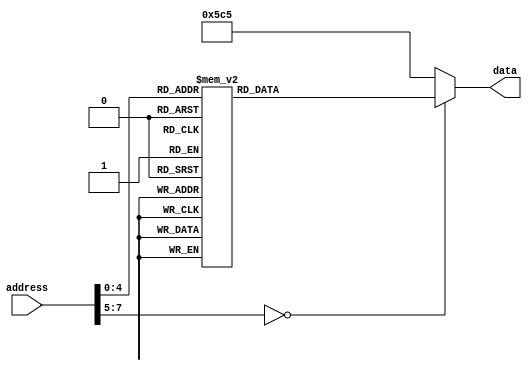
`timescale 1ns / 1ps


module ROM(
    input [7:0] address,
    output reg [15:0] data
    );
    always @(address)
    case (address)
    // ROM starts at $0100 at the moment; within it the addresses cut off the 01 (MSB)
      8'h00: data = 16'h4113; // LDA ($0113) a= 0xfffe
      8'h01: data = 16'h6114; // ADD ($0114) ++a
      8'h02: data = 16'h7104; // BAZ ($0104) if(a == 0)goto 0x104
      8'h03: data = 16'h1101; // JMP $0101
      8'h04: data = 16'hfc27; // DIO (in) $427
      8'h05: data = 16'hf75c; // DIO (out) $75c
      8'h06: data = 16'h4112; // LDA ($0112)
      8'h07: data = 16'h6111; // ADD ($0111)
      8'h08: data = 16'h5008; // STA $008 ;store result at address 8, which is in RAM
      8'h09: data = 16'hf75c; // DIO (out) $75c
      8'h0a: data = 16'hfc27; // DIO (in) $427
      8'h0b: data = 16'h1100; // JMP $0100
      8'h10: data = 16'h0007; // .dw 7
      8'h11: data = 16'h000c; // .dw $000c
      8'h12: data = 16'ha5c3; // .dw $a5c3
      8'h13: data = 16'b1111_1111_1111_1101; // .dw $fffd -- adding just three ones will wrap around to non-negative
      8'h14: data = 16'b0000_0000_0000_0001; // .dw $0001 
    
     default: data = 16'h05c5; //NOP with tag
    endcase
endmodule